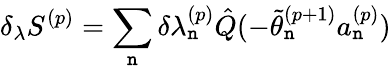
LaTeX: \delta_{\lambda}S^{(p)}=\sum_{\mathtt{n}}^{}\delta{\lambda_{\mathtt{n}}^{(p)}}\hat{{Q}}(-\tilde{{\theta}}_{\mathtt{n}}^{(p+1)}a_{\mathtt{n}}^{(p)})